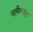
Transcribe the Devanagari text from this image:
नार्मेनयुग